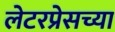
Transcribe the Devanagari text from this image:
लेटरप्रेसच्या